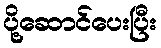
ပို့ဆောင်ပေးပြီး